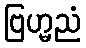
ဗြဟ္မညံ